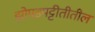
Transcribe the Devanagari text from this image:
झोपडपट्टीतीतील